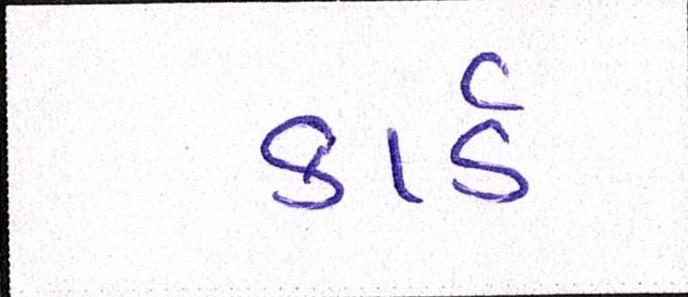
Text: કાર્ડ